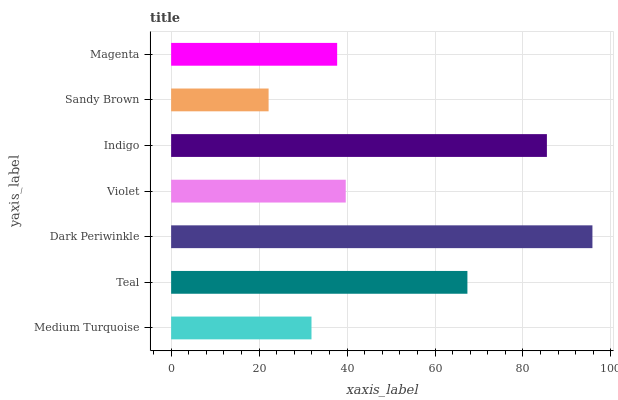
| yaxis_label | bars |
 | --- | --- |
 | Medium Turquoise | 31.9 |
 | Teal | 67.4 |
 | Dark Periwinkle | 95.8 |
 | Violet | 39.7 |
 | Indigo | 85.4 |
 | Sandy Brown | 22.2 |
 | Magenta | 37.7 |